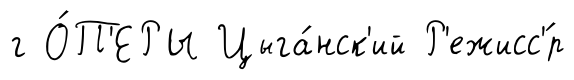
г О́П'ЕРЫ Цыга́нск'ий Р'ежисс'́р